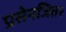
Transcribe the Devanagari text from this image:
प्रसेनजित२